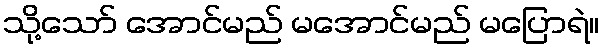
သို့သော် အောင်မည် မအောင်မည် မပြောရဲ။